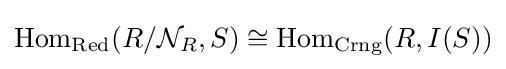
{\text{Hom}}_{\text{Red}}(R/{\mathcal {N}}_{R},S)\cong {\text{Hom}}_{\text{Crng}}(R,I(S))